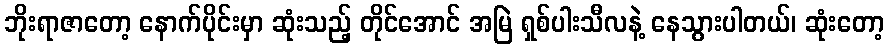
ဘိုးရာဇာတော့ နောက်ပိုင်းမှာ ဆုံးသည့် တိုင်အောင် အမြဲ ရှစ်ပါးသီလနဲ့ နေသွားပါတယ်၊ ဆုံးတော့